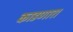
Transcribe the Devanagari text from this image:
काडणारा